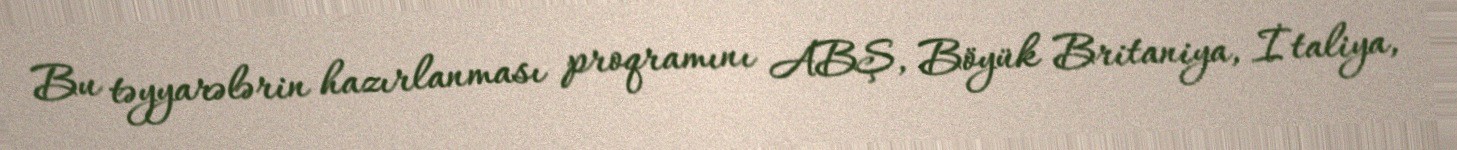
Bu təyyarələrin hazırlanması proqramını ABŞ, Böyük Britaniya, İtaliya,